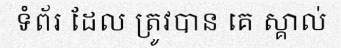
ទំព័រ ដែល ត្រូវបាន គេ ស្គាល់